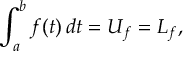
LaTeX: \int _ { a } ^ { b } { f ( t ) \, d t } = U _ { f } = L _ { f } , \,